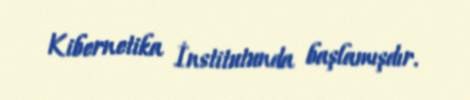
Kibernetika İnstitutunda başlamışdır.